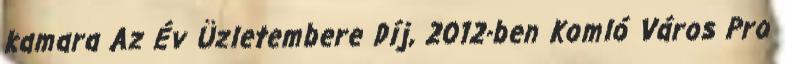
kamara Az Év Üzletembere Díj, 2012-ben Komló Város Pro